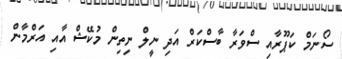
ސޯނަމް ކަޕޫރާއި ސްވަރާ ބާސްކަރް އަދި ނީލް ނިތިން މުކޭޝް އާއި އަރްމާން